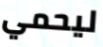
ليحمي